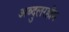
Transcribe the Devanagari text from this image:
अब्दुलरहीम